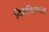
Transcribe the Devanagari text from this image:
बिहेविअरल